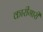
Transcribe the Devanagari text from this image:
कारीगारी